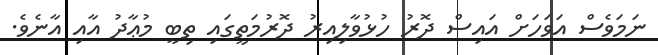
ނަމަވެސް އަވަހަށް އައިސް ދޮރު ހުޅުވާލިއިރު ދޮރުމަތީގައި ތިބީ މުޢާދު އާއި އާނެވެ.